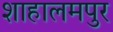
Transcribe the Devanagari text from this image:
शाहालमपुर